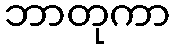
ဘာတုကာ